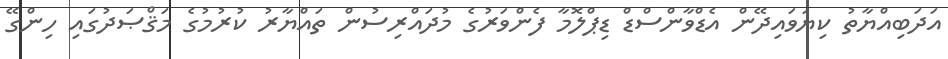
އަދަބިއްޔާތު ކިޔަވައިދޭން އެޑްވާންސްޑް ޑިޕްލޮމާ ފެންވަރުގެ މުދައްރިސުން ތައްޔާރު ކުރުމުގެ މަޤްޞަދުގައި ހިންގޭ